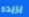
يريده